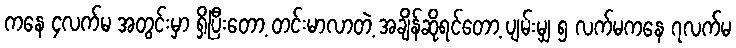
ကနေ ၄လက်မ အတွင်းမှာ ရှိပြီးတော့ တင်းမာလာတဲ့ အချိန်ဆိုရင်တော့ ပျမ်းမျှ ၅ လက်မကနေ ၇လက်မ